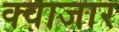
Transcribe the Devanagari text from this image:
क्वाजार